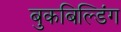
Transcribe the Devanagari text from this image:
बुकबिल्डिंग